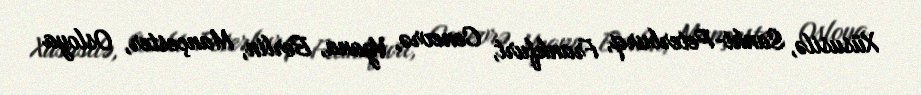
Xüsusilə, Sankt-Peterburq, Frankfurt, Cenevrə, Vyana, Berlin, Mançester, Osloya